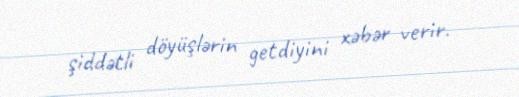
şiddətli döyüşlərin getdiyini xəbər verir.